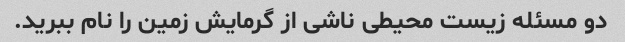
دو مسئله زیست محیطی ناشی از گرمایش زمین را نام ببرید.